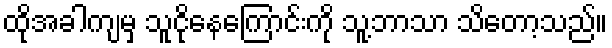
ထိုအခါကျမှ သူငိုနေကြောင်းကို သူ့ဘာသာ သိတော့သည်။